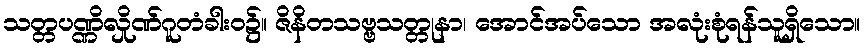
သတ္တပဏ္ဏိလှိုဏ်ဂူတံခါးဝ၌။ ဇိနိတသဗ္ဗသတ္တုနာ၊ အောင်အပ်သော အလုံးစုံရန်သူရှိသော။